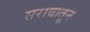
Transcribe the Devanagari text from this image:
सरावातून